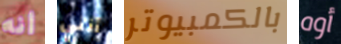
أنه أنني بالكمبيوتر أوه